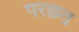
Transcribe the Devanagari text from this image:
परछत